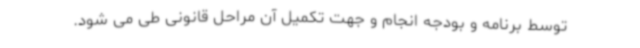
توسط برنامه و بودجه انجام و جهت تکمیل آن مراحل قانونی طی می شود.